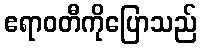
ဧရာဝတီကိုပြောသည်